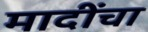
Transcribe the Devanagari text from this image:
मादींचा